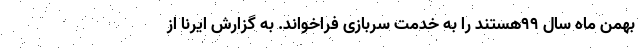
بهمن ماه سال ۹۹هستند را به خدمت سربازی فراخواند. به گزارش ایرنا از